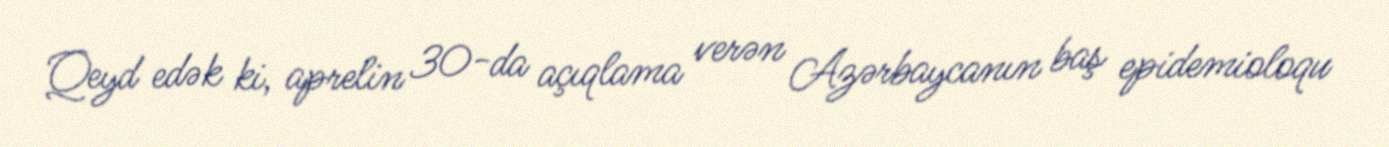
Qeyd edək ki, aprelin 30-da açıqlama verən Azərbaycanın baş epidemioloqu